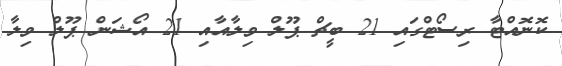
ކޮނޮއްޓާ ރިސޯޓްގައި 21 ބީޗް ޕޫލް ވިލާއާއި 21 އޯޝަން ޕޫލް ވިލާ